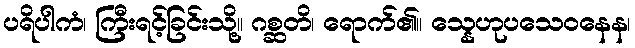
ပရိပါကံ၊ ကြီးရင့်ခြင်းသို့။ ဂစ္ဆတိ၊ ရောက်၏။ သ္နေဟုပသေဝနေန၊